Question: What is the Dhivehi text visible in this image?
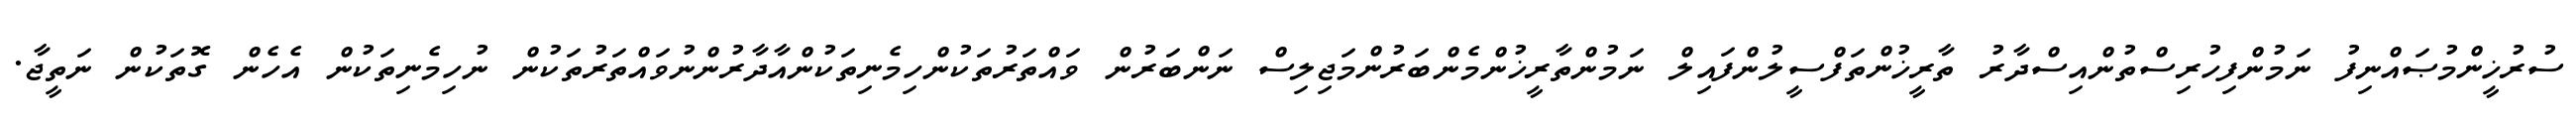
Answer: ސުރުޚީންމުޞައްނިފު ނަމުންފިހުރިސްތުންއިސްދާރު ތާރީޚުންތަފްސީލުންފައިލް ނަމުންތާރީޚުންމެންބަރުންމަޖިލިސް ނަންބަރުން ވައްތަރުތަކުންހިމެނިތަކުންއާދާރުންނުވައްތަރުތަކުން ނުހިމެނިތަކުން އެހެން ގޮތަކުން ނަތީޖާ.